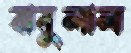
বাবুলাল